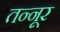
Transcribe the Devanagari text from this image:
तन्नूर